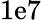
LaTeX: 1\mathrm{e}7